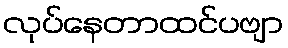
လုပ်နေတာထင်ပဗျာ